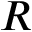
R